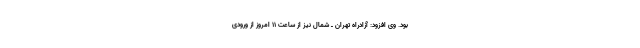
بود. وی افزود: آزادراه تهران ـ شمال نیز از ساعت 11 امروز از ورودی